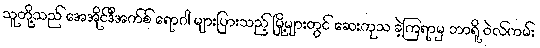
သူတို့သည် အေအိုင်ဒီအက်စ် ရောဂါ များပြားသည့် မြို့များတွင် ဆေးကုသ ခဲ့ကြရာမှ ဘာရို ဝဲလ်ကမ်း